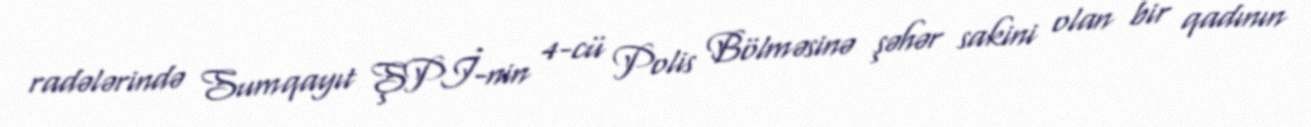
radələrində Sumqayıt ŞPİ-nin 4-cü Polis Bölməsinə şəhər sakini olan bir qadının